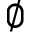
\emptyset